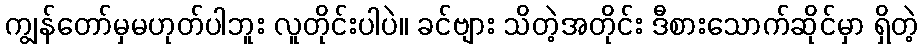
ကျွန်တော်မှမဟုတ်ပါဘူး လူတိုင်းပါပဲ။ ခင်ဗျား သိတဲ့အတိုင်း ဒီစားသောက်ဆိုင်မှာ ရှိတဲ့